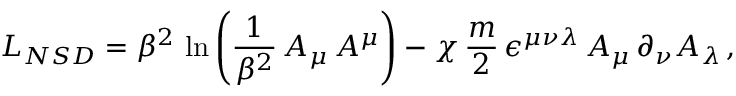
{ \cal L } _ { N S D } = \beta ^ { 2 } \, \ln \left( \frac { 1 } { \beta ^ { 2 } } \, A _ { \mu } \, A ^ { \mu } \right) - \chi \, \frac { m } { 2 } \, \epsilon ^ { \mu \nu \lambda } \, A _ { \mu } \, \partial _ { \nu } A _ { \lambda } \, ,